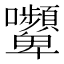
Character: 𭍔